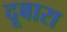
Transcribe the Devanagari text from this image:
दूबारा